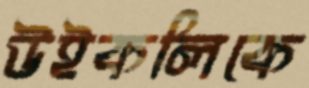
উইকলিকে